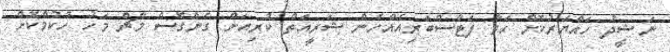
ނަޝީދު ހައްޔަރުކޮށް ހަވާ ފަޓާސްބަރިއެއްހެން ޝަރީއަތް ކުރިއަށް ގެންގޮސް މާޗް މަހު ހުކުމްކޮށް